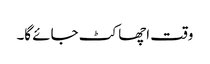
وقت اچھا کٹ جائے گا۔